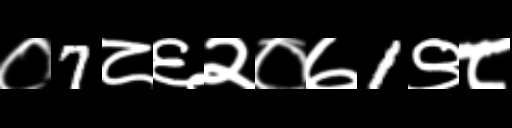
Text: ०7८६२०७1९८